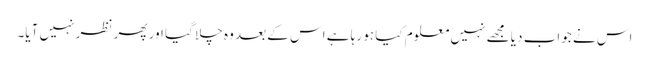
اس نے جواب دیا مجھے نہیں معلوم کیا ہو رہا ہے اس کے بعد وہ چلا گیا اور پھر نظر نہیں آیا۔